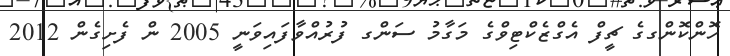
ހޮންކޮންގގެ ޗީފް އެގްޒެކްޓިވްގެ މަގާމު ސަންގ ފުރުއްވާފައިވަނީ 2005 ން ފެށިގެން 2012